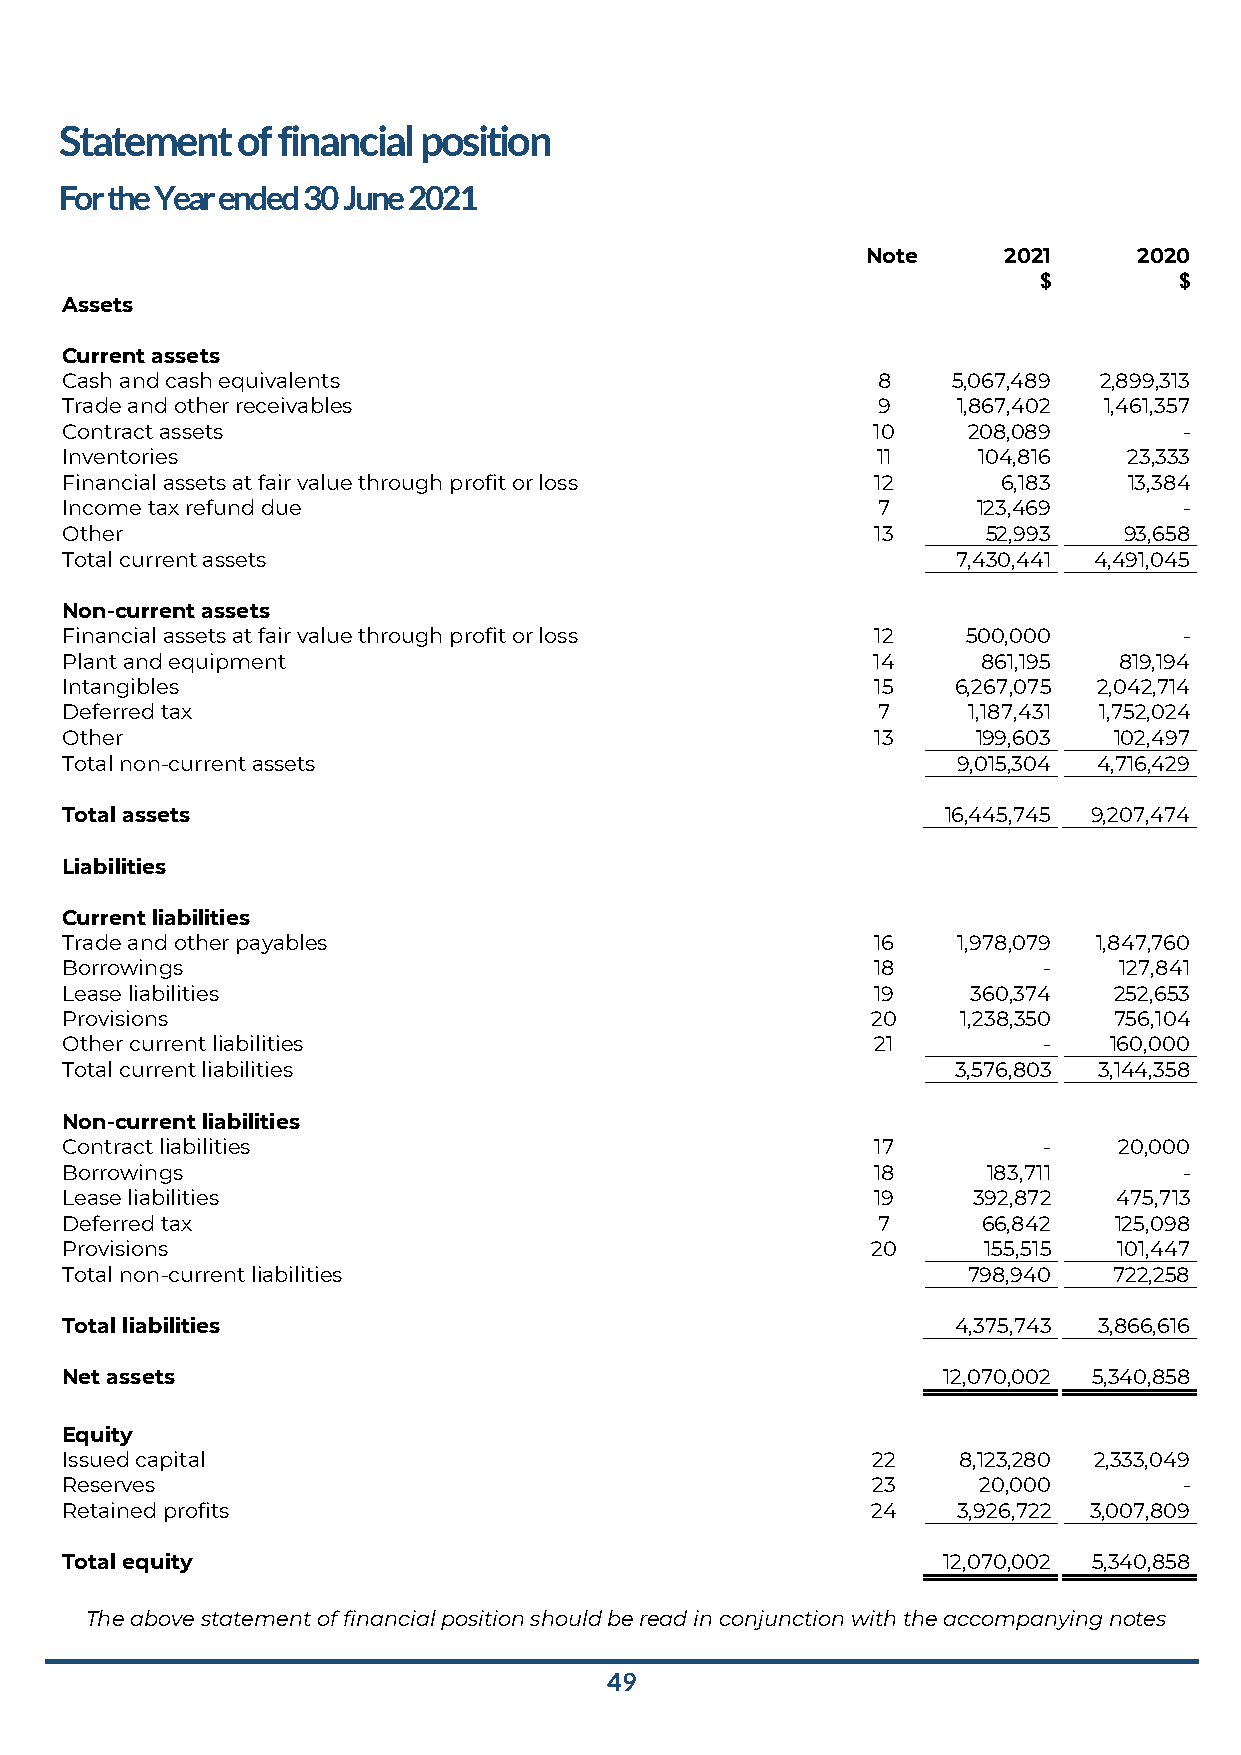
Statement   of financial position
 For the Year ended 30 June 2021
 Note     2021     2020
 $        $
 Assets
 Current assets
 Cash and cash equivalents                             8    5,067,489 2,899,313
 Trade and other receivables                           9    1,867,402 1,461,357
 Contract assets                                       10    208,089       -
 Inventories                                           11     104,816   23,333
 Financial assets at fair value through profit or loss 12      6,183    13,384
 Income tax refund due                                 7      123,469      -
 Other                                                 13     52,993   93,658
 Total current assets                                       7,430,441 4,491,045
 Non-current assets
 Financial assets at fair value through profit or loss 12    500,000       -
 Plant and equipment                                   14     861,195  819,194
 Intangibles                                           15   6,267,075 2,042,714
 Deferred tax                                          7     1,187,431 1,752,024
 Other                                                 13     199,603  102,497
 Total non-current assets                                   9,015,304 4,716,429
 Total assets                                               16,445,745 9,207,474
 Liabilities
 Current liabilities
 Trade and other payables                              16   1,978,079 1,847,760
 Borrowings                                            18         -    127,841
 Lease liabilities                                     19    360,374   252,653
 Provisions                                            20    1,238,350 756,104
 Other current liabilities                             21         -   160,000
 Total current liabilities                                  3,576,803 3,144,358
 Non-current liabilities
 Contract liabilities                                  17         -    20,000
 Borrowings                                            18     183,711      -
 Lease liabilities                                     19    392,872   475,713
 Deferred tax                                          7      66,842   125,098
 Provisions                                            20     155,515  101,447
 Total non-current liabilities                               798,940   722,258
 Total liabilities                                          4,375,743 3,866,616
 Net assets                                                12,070,002 5,340,858
 Equity
 Issued capital                                        22   8,123,280 2,333,049
 Reserves                                              23     20,000       -
 Retained profits                                      24   3,926,722 3,007,809
 Total equity                                              12,070,002 5,340,858
 The above statement of financial position should be read in conjunction with the accompanying notes
 49